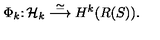
\Phi _ { k } \colon { \cal H \/ } _ { k } \stackrel { \simeq } { \longrightarrow } H ^ { k } ( R ( S ) ) .